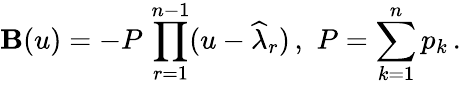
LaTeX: \mathbf{B}(u)=-P\, \prod_{r=1}^{n-1}(u-\widehat{{\lambda}}_{r})\, ,\, \, P=\sum_{k=1}^{n}p_{k}\, .